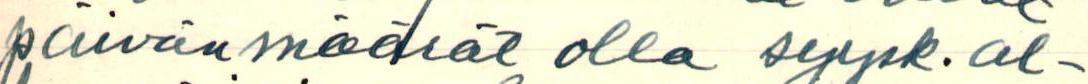
päivänmäärät olla syysk. al-